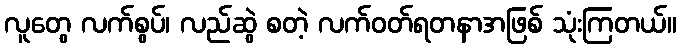
လူတွေ လက်စွပ်၊ လည်ဆွဲ စတဲ့ လက်ဝတ်ရတနာအဖြစ် သုံးကြတယ်။